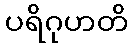
ပရိဂုဟတိ